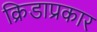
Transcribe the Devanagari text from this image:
क्रिडाप्रकार